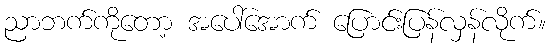
ညာဘက်ကိုတော့ အပေါ်အောက် ပြောင်းပြန်လှန်လိုက်။